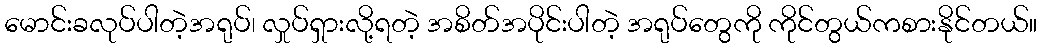
မောင်းခလုပ်ပါတဲ့အရုပ်၊ လှုပ်ရှားလို့ရတဲ့ အစိတ်အပိုင်းပါတဲ့ အရုပ်တွေကို ကိုင်တွယ်ကစားနိုင်တယ်။